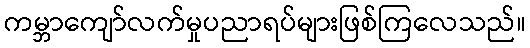
ကမ္ဘာကျော်လက်မှုပညာရပ်များဖြစ်ကြလေသည်။